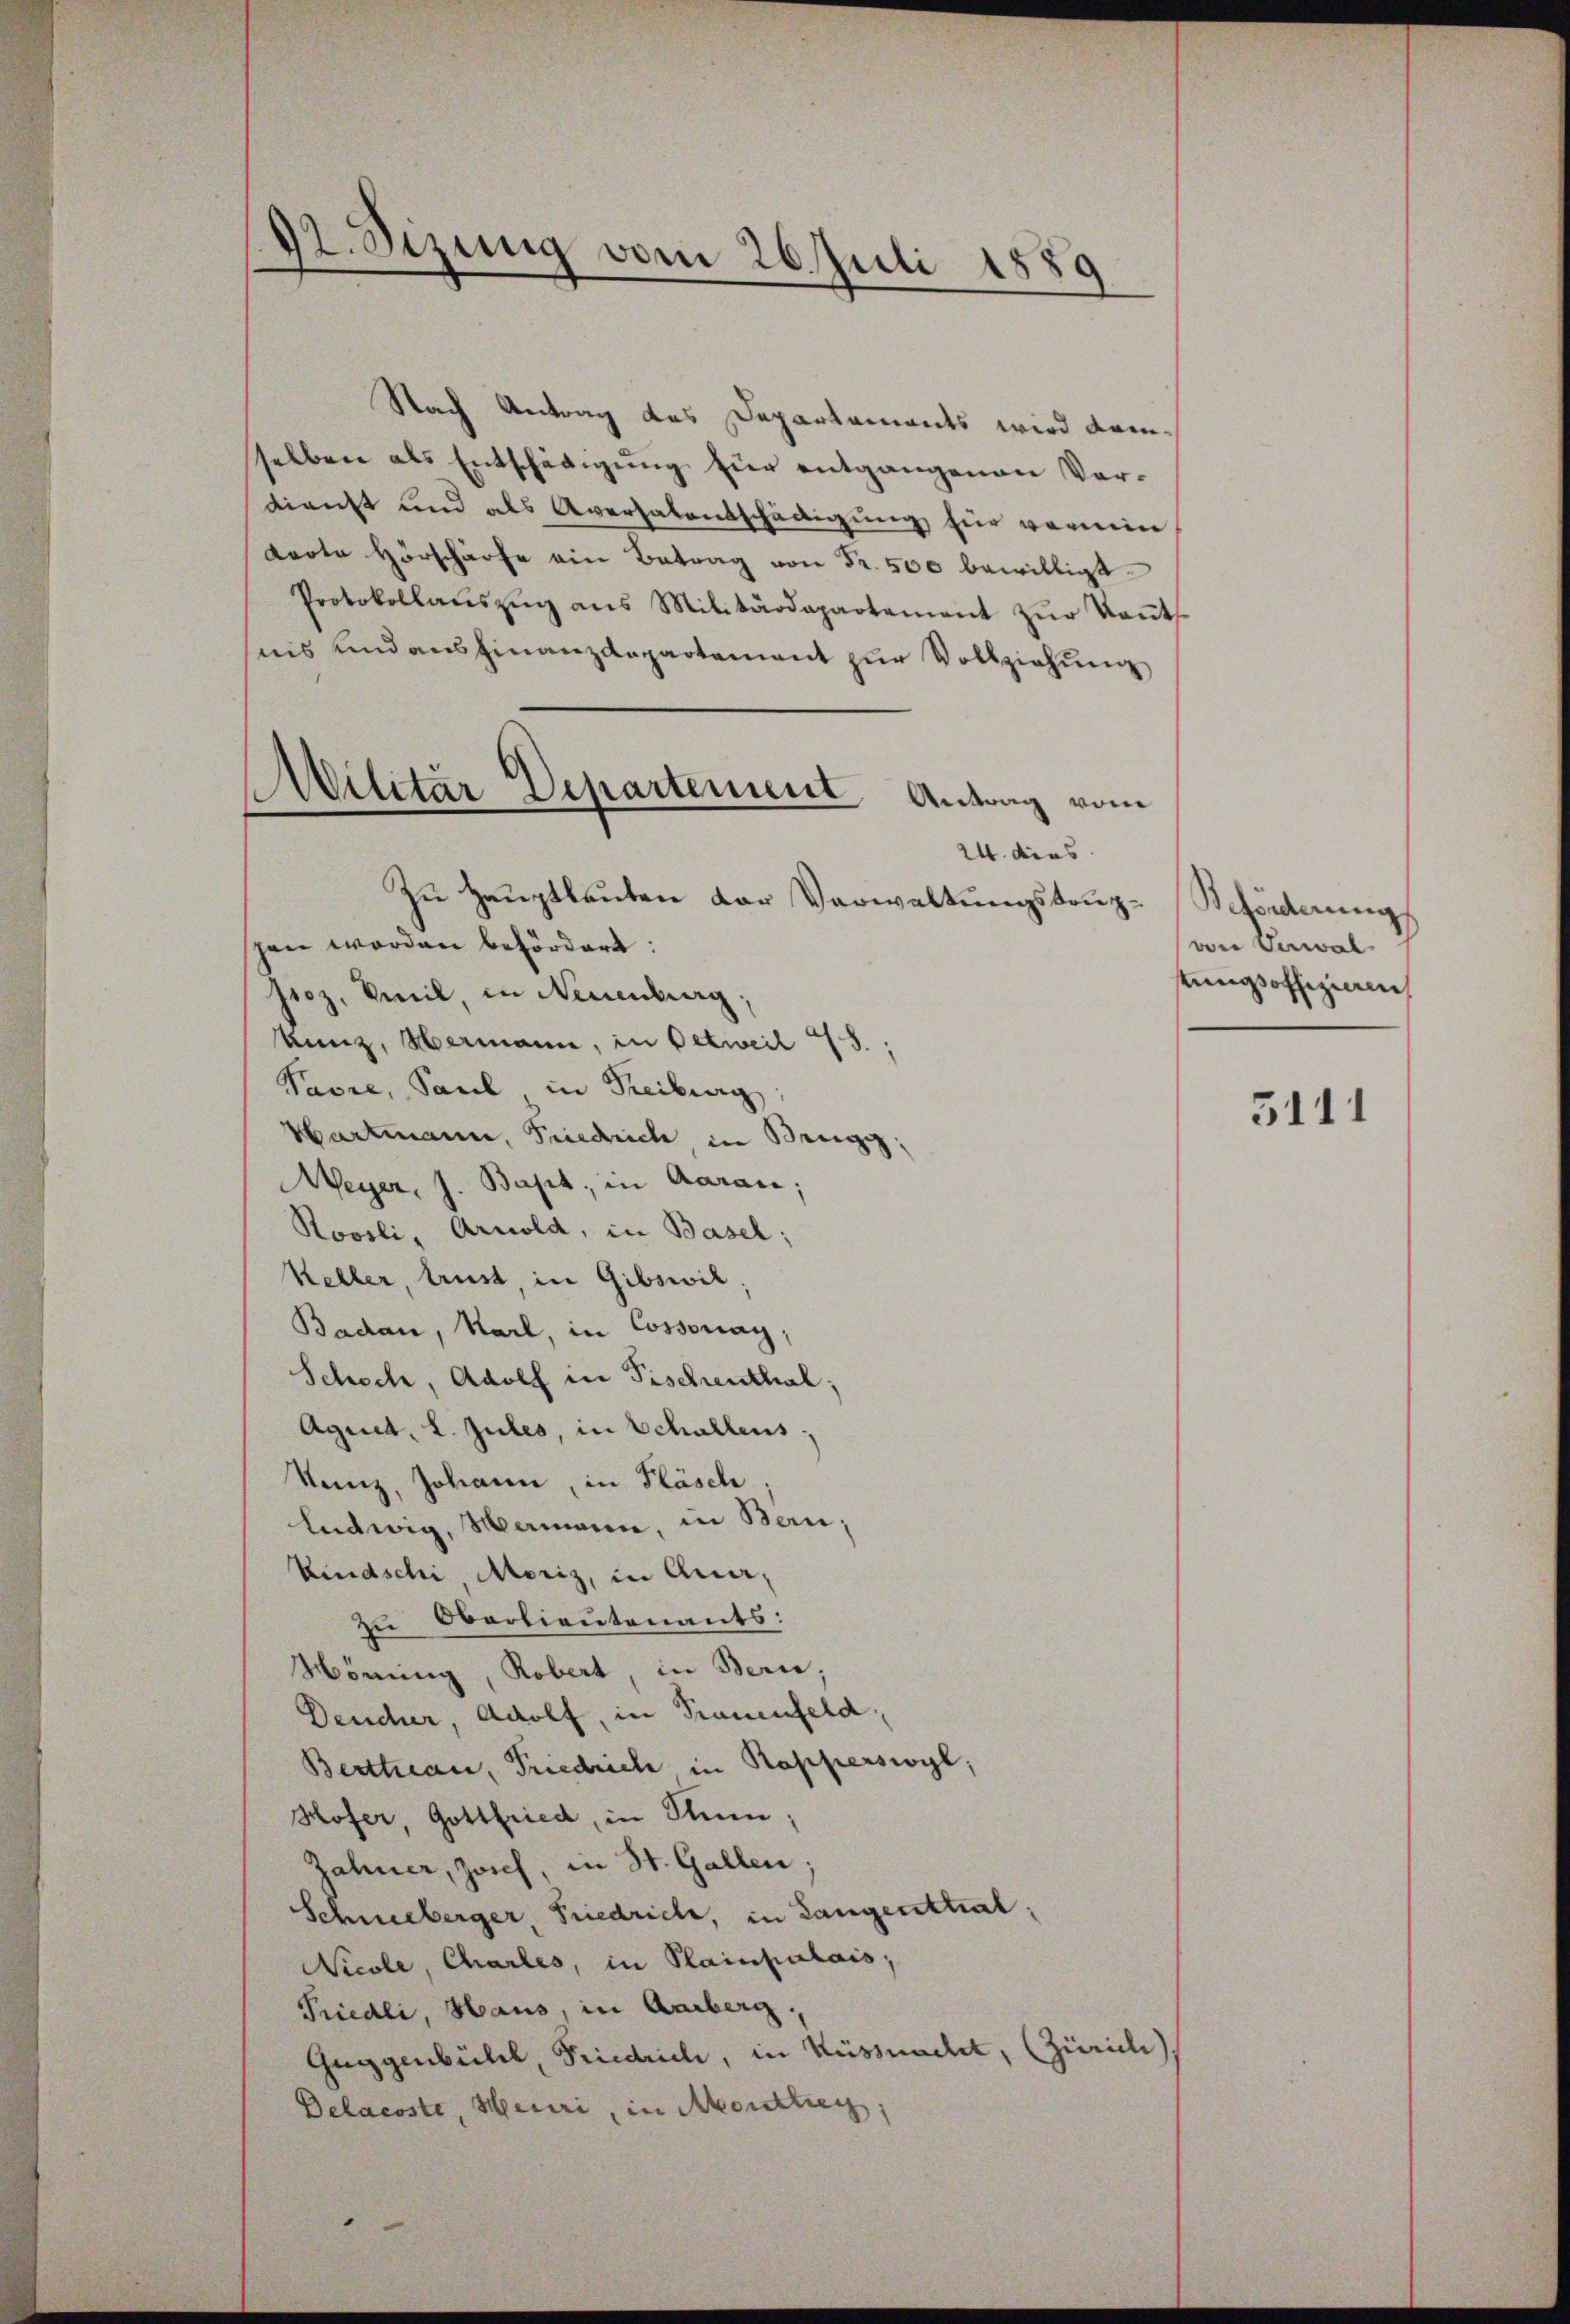
92. Sizung vom 26. Juli 1880

Nach Antrag des Departaments wird dam
selben als Entschädigŭng für entgangenen Verdienst und als Aversalentschädigung für vermin
Karte Hörschärfe ein Betrag von Fr. 500 bewilligt.
Protokollaŭszŭg ans Militärdepartement zŭr Keṅt-
nis und ausfinanzdepartement zur Vollziehung
24. dies
Zu Hauptlauten der Verwaltungstriggen worden befördert:
sioz. Weil, in Neuenburg,
kunz, Hermann, in Oetweil 3.,
Pavre, Paul, in Freiburg,
Hartmann, Friedrich in Brugg,
Meyer, J. Bapt, in Aaraus;
Rovsli, Arnold, in Basel;
Keller, trust, in Gibswil
Badan, Karl, in Cossonay
Schoch, Adolf in Tischenthal;
Aguet, L. Jules, in Schallens.
Sanz, Johann, in Fläsch
ludwig, Mamann, in Bern,
Rindschi Moriz, in Auer,
zu Oberlieutenants:
Mörung, Robert, in Bern,
Deuscher, Adolf, in Trauenfeld
Berthan, Friedrich in Rapperswyl,
Hofer, Gottfried, in Stum
Jahner, Zoich, in St. Gallen.
Schneeberger, Friedrich, in Langenttial.
Nicole, Charles, in Plainpalais,
Priedli, Haus, in Aarberg,
Guggenbühl, Friedrich, in Küssnacht, (Zürich
Delacoste, Heuri, in Akontieg,

)
Militär Departement Antrag vom

Beförderung
von Verwaltungsoffizieren

3111